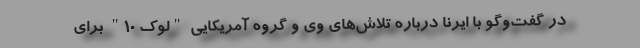
در گفت‌وگو با ایرنا درباره تلاش‌های وی و گروه آمریکایی "لوک 10" برای